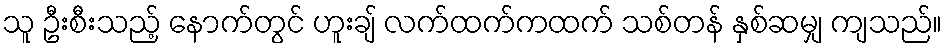
သူ ဦးစီးသည့် နောက်တွင် ဟူးချ် လက်ထက်ကထက် သစ်တန် နှစ်ဆမျှ ကျသည်။